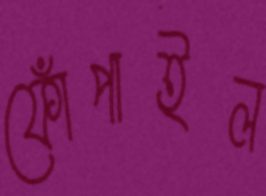
ফোঁপাইল